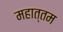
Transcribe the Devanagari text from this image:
महात्तम